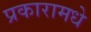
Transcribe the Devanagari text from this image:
प्रकारामधे